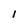
Character: l